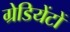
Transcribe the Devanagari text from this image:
ग्रेडियेंटों